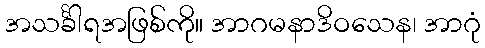
အသင်္ခါရအဖြစ်ကို။ အာဂမနာဒိဝသေန၊ အာဂုံ